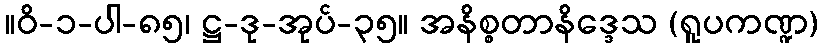
။ဝိ-၁-ပါ-၈၅၊ ဋ္ဌ-ဒု-အုပ်-၃၅။ အနိစ္စတာနိဒ္ဒေသ (ရူပကဏ္ဍ)